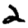
Digit: 2